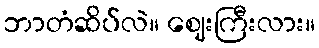
ဘာတံဆိပ်လဲ။ ဈေးကြီးလား။